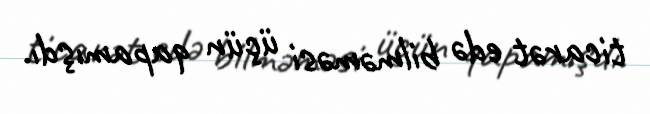
ticarət edə bilməməsi üçün qapamışdı.